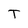
Character: T